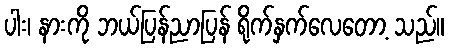
ပါး၊ နားကို ဘယ်ပြန်ညာပြန် ရိုက်နှက်လေတော့ သည်။